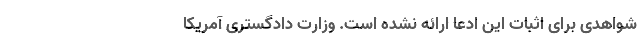
شواهدی برای اثبات این ادعا ارائه نشده است. وزارت دادگستری آمریکا